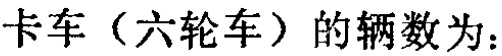
卡车（六轮车）的辆数为：